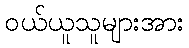
ဝယ်ယူသူများအား